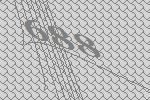
688